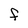
Character: F